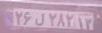
۲۶ل۲۸۲۱۳